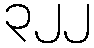
၃၂၂